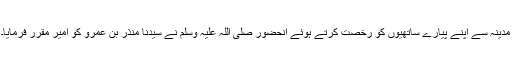
مدینہ سے اپنے پیارے ساتھیوں کو رخصت کرتے ہوئے آنحضور صلی اللہ علیہ وسلم نے سیدنا منذر بن عمروؓ کو امیر مقرر فرمایا۔